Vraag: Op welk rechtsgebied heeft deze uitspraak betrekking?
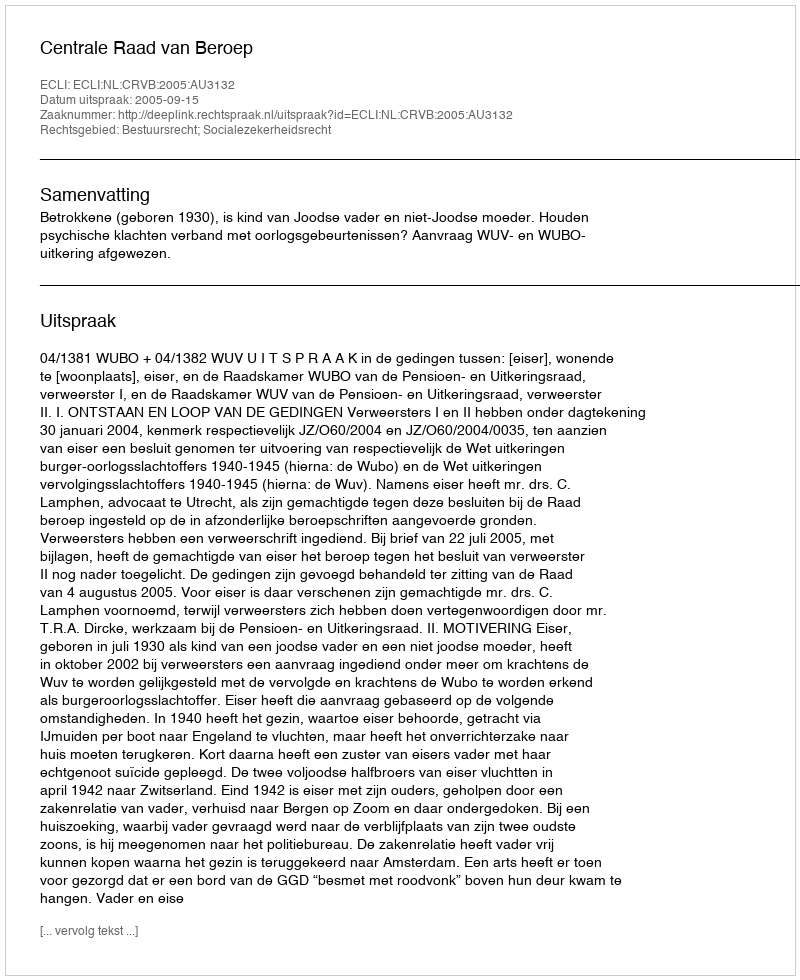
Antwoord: Bestuursrecht; Socialezekerheidsrecht